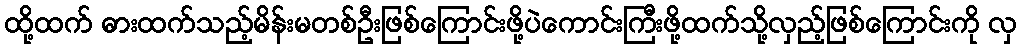
ထို့ထက် ဓားထက်သည့်မိန်းမတစ်ဦးဖြစ်ကြောင်းဖို့ပဲကောင်းကြီးဖို့ထက်သို့လှည့်ဖြစ်ကြောင်းကို လှ